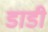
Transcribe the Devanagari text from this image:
डाडी